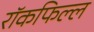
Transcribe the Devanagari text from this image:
रॉकफिल्ल